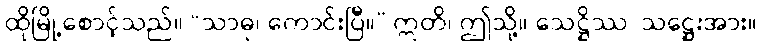
ထိုမြို့စောင့်သည်။ “သာဓု၊ ကောင်းပြီ။” ဣတိ၊ ဤသို့။ သေဋ္ဌိဿ၊ သဋ္ဌေးအား။